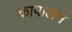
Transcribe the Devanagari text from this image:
कापालन